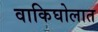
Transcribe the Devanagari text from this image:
वाकिघोलात